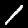
Label: 1